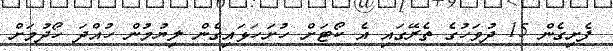
ފެށިގެން 15 ދުވަހުގެ ތެރޭގައި އެ ކޯޓަށް ހުށަހަޅައިގެން ލިޔުމުން ހުއްދަ ހޯދުމަށް